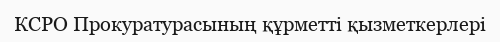
КСРО Прокуратурасының құрметті қызметкерлері